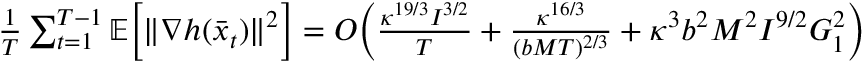
\begin{array} { r } { \frac { 1 } { T } \sum _ { t = 1 } ^ { T - 1 } \mathbb { E } \bigg [ \| \nabla h ( \bar { x } _ { t } ) \| ^ { 2 } \bigg ] = O \bigg ( \frac { \kappa ^ { 1 9 / 3 } I ^ { 3 / 2 } } { T } + \frac { \kappa ^ { 1 6 / 3 } } { ( b M T ) ^ { 2 / 3 } } + \kappa ^ { 3 } b ^ { 2 } M ^ { 2 } I ^ { 9 / 2 } G _ { 1 } ^ { 2 } \bigg ) } \end{array}